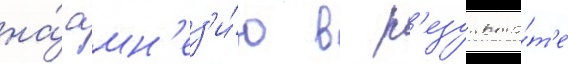
на́ амн'ез'и́ю в р'езульта́т'е